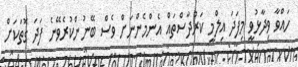
ހައްވާ ވިދާޅުވީ މިފަދަ އިލްމީ ކަރުދާސްތައް އެންމެންނަށް ވެސް ބޭނުންކުރެވޭނެ ފަދަ ގޮތަކަށް